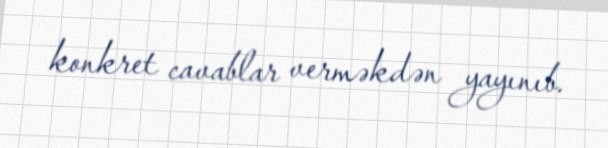
konkret cavablar verməkdən yayınıb.